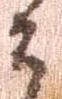
御